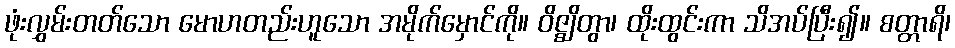
ဖုံးလွှမ်းတတ်သော မောဟတည်းဟူသော အမိုက်မှောင်ကို။ ဝိဇ္ဈိတွာ၊ ထိုးထွင်းကာ သိအပ်ပြီး၍။ စတ္တာရိ၊